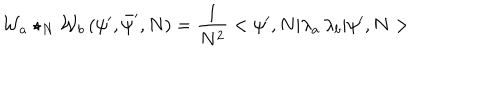
{ \cal W } _ { a } \star _ { N } { \cal W } _ { b } \, ( \psi ^ { \prime } , \bar { \psi } ^ { \prime } , N ) = \frac { 1 } { N ^ { 2 } } < \psi ^ { \prime } , N | \lambda _ { a } \, \lambda _ { b } | \psi ^ { \prime } , N >